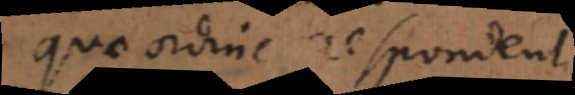
quae ordine respondent